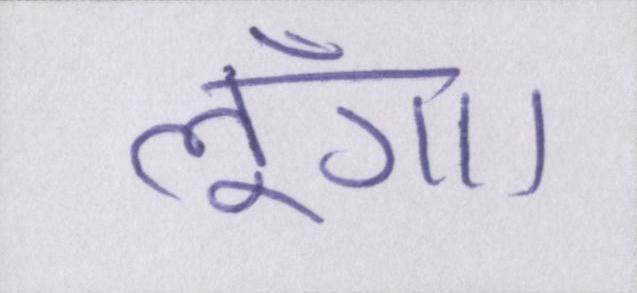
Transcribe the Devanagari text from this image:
लूँगा।